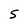
Character: S